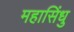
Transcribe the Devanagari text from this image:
महासिंधु